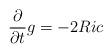
LaTeX: \begin{align*} \frac{\partial}{\partial t} g=-2Ric \end{align*}